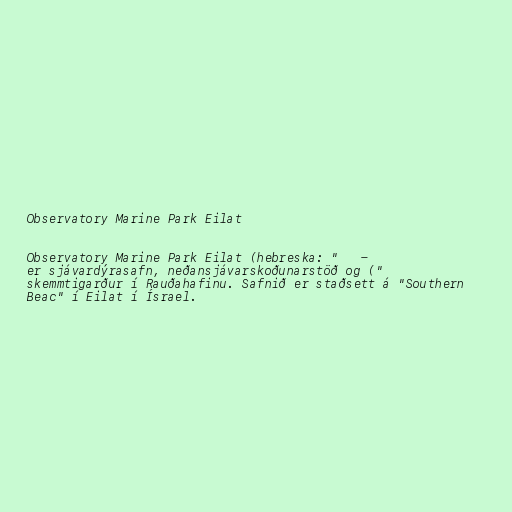
Observatory Marine Park Eilat

Observatory Marine Park Eilat (hebreska: "פארק המצפה התת-ימי
באילת") er sjávardýrasafn, neðansjávarskoðunarstöð og
skemmtigarður í Rauðahafinu. Safnið er staðsett á "Southern
Beac" í Eilat í Ísrael.